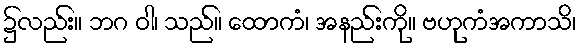
၌လည်း။ ဘဂ ဝါ၊ သည်။ ထောကံ၊ အနည်းကို။ ဗဟုကံအကာသိ၊